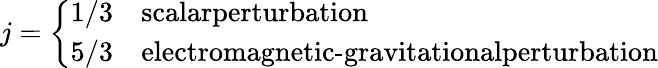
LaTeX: j=\left\{ \begin{array}{cl}{{1/3}}&{{\textrm{scalarperturbation}}}\\ {{5/3}}&{{\textrm{electromagnetic-gravitationalperturbation}}}\end{array}\right.